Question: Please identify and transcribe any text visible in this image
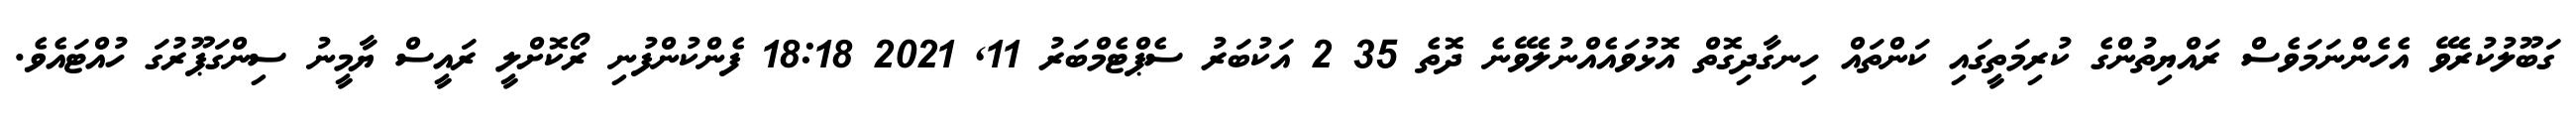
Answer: ގަބޫލުކުރެވޭ އެހެންނަމަވެސް ރައްޔިތުންގެ ކުރިމަތީގައި ކަންތައް ހިނގާދިގޮތް އޮޅުވައެއްނުލެވޭނެ ދޮތެ 35 2 އަކުބަރު ސެޕްޓެމްބަރު 11, 2021 18:18 ފެންކުންފުނި ރޯކޮށްލީ ރައީސް ޔާމީނު ސިންގަޕޫރުގަ ހުއްޓައެވެ.